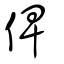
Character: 俾